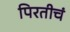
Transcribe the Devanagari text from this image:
पिरतीचं